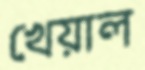
খেয়াল